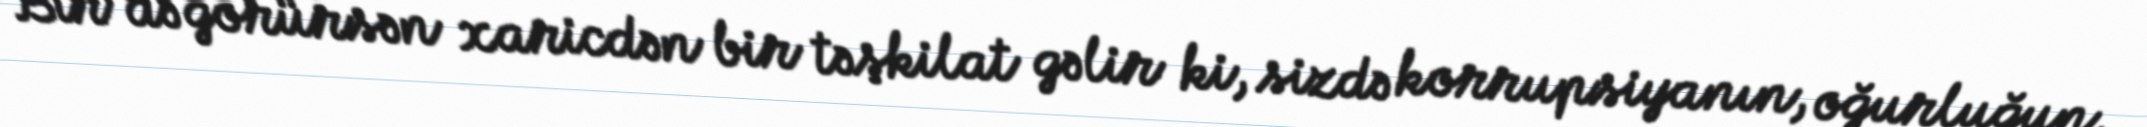
Bir də görürsən xaricdən bir təşkilat gəlir ki, sizdə korrupsiyanın, oğurluğun,